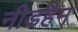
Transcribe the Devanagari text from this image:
नीडहैम